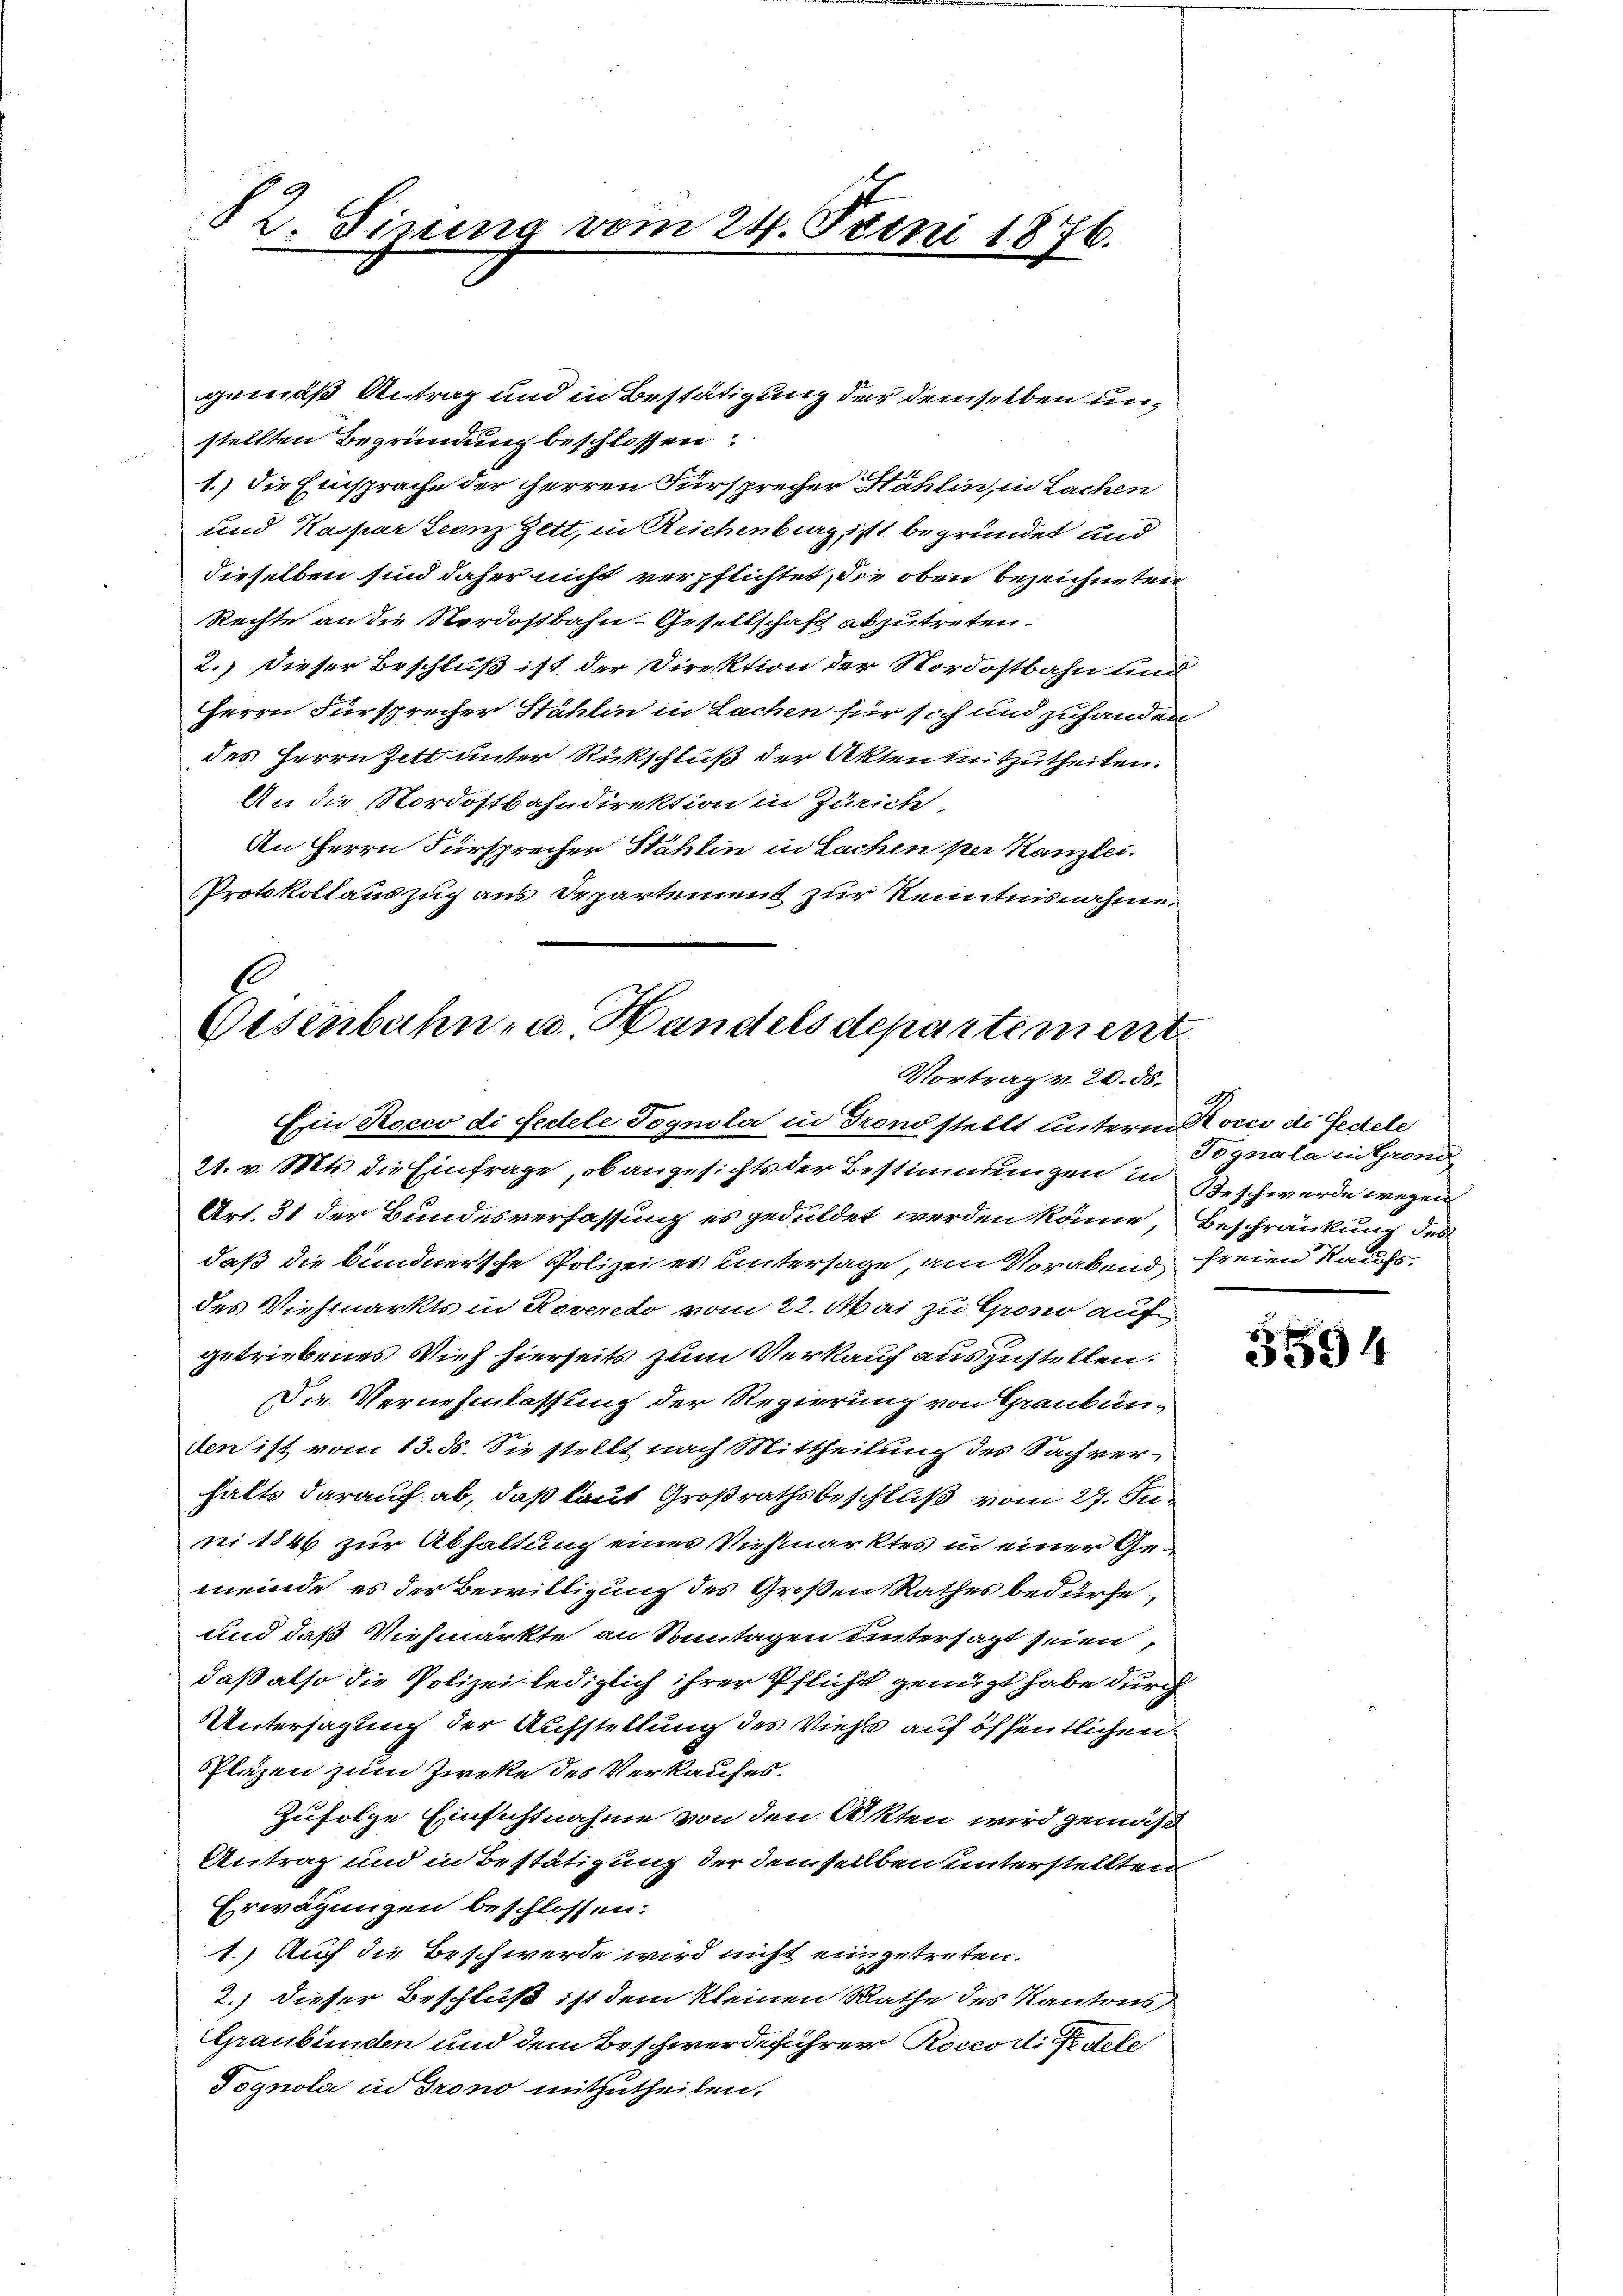
§ 2. Sisung vom 24. Feini 1876.

gemäß Antrag und in Bestätigung der demselben unstellten Begründung beschlossen:
1.) Die Einsprache der Herren Fürsprecher Hahlin, in Lachen
und Kaspar Leonz Zett, in Reichenburg ist begründet und
dieselben sind daher nicht verpflichtet, die oben bezeichneten
Rechte an die Nordostbahn-Gesellschaft abzutreten.
2.) Dieser Beschluß ist der Direktion der Nordostbahn und
Herrn Fürsprecher Stählin in Lachen für sich und zuhanden
des Herrn Zett unter Rückschluß der Akten mitzutheilen.
An die Nordostbahndirektion in Zürich.
An Herrn Fürsprecher Hählin in Sachen per Kanzlei.
Protokollauszug aus Departement zur Kenntnisnahme.

Eisenbahn- u. Handelsdepartement
Vortrag v. 20. ds.

Ein Rocco di Fedele Pognola in Trono stellt unterm Kocco di Fedele
21. v. Mts. die Einfrage, ob angesichts der Bestimmungen in Beschwerde wegen
Art. 31 der Bundesverfassung es geduldet werden könne, Beschränkung des
daß die bundnersche Polizei es untersage, am Vorabend freien Kaufsdes Viehmarkts in Roveredo vom 22. Mai zu Grono auf
getriebenes Vieh hierseits zum Verkauf auszustellen.
Die Vernehmlassung der Regierung von Graubünden ist vom 13. ds. Sie stellt nach Mittheilung des Sachverhalts darauf ab, daß laut Großrathsbeschluß vom 27. Juni 1846 zur Abhaltung eines Viehmarktes in einer Gemeinde, es der Bewilligung des Großen Rathes bedürfe,
und daß Viehmärkte an Sonntagen untersagt seien,
daß also die Polizei lediglich ihrer Pflicht genügt habe durch
Untersagung der Aufstellung des Viehs auf öffentlichen
Pläzen zum Zwecke des Verkaufes.
Zufolge Einsichtnahme von den Akten wird gemäß
Antrag und in Bestätigung der demselben unterstellten
Erwägungen beschlossen:
1.) Auf die Beschwerde wird nicht eingetreten.
2.) dieser Beschluß ist dem kleinen Rathe des Kantons
Graubünden und dem Beschwerdeführer Roccodice dele
Pognola in Grono mitzutheilen.

Tognala in Grond

3594